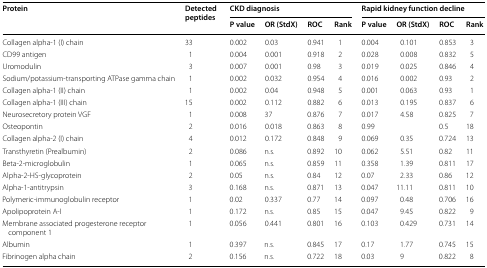
<table><thead><tr><td rowspan="2"><b>Protein</b></td><td rowspan="2"><b>Detected peptides</b></td><td colspan="4"><b>CKD diagnosis</b></td><td colspan="4"><b>Rapid kidney function decline</b></td></tr><tr><td><b>P value</b></td><td><b>OR (StdX)</b></td><td><b>ROC</b></td><td><b>Rank</b></td><td><b>P value</b></td><td><b>OR (StdX)</b></td><td><b>ROC</b></td><td><b>Rank</b></td></tr></thead><tbody><tr><td>Collagen alpha-1 (I) chain</td><td>33</td><td>0.002</td><td>0.03</td><td>0.941</td><td>1</td><td>0.004</td><td>0.101</td><td>0.853</td><td>3</td></tr><tr><td>CD99 antigen</td><td>1</td><td>0.004</td><td>0.001</td><td>0.918</td><td>2</td><td>0.028</td><td>0.008</td><td>0.832</td><td>5</td></tr><tr><td>Uromodulin</td><td>3</td><td>0.007</td><td>0.001</td><td>0.98</td><td>3</td><td>0.019</td><td>0.025</td><td>0.846</td><td>4</td></tr><tr><td>Sodium/potassium-transporting ATPase gamma chain</td><td>1</td><td>0.002</td><td>0.032</td><td>0.954</td><td>4</td><td>0.016</td><td>0.002</td><td>0.93</td><td>2</td></tr><tr><td>Collagen alpha-1 (II) chain</td><td>1</td><td>0.002</td><td>0.04</td><td>0.948</td><td>5</td><td>0.001</td><td>0.063</td><td>0.93</td><td>1</td></tr><tr><td>Collagen alpha-1 (III) chain</td><td>15</td><td>0.002</td><td>0.112</td><td>0.882</td><td>6</td><td>0.013</td><td>0.195</td><td>0.837</td><td>6</td></tr><tr><td>Neurosecretory protein VGF</td><td>1</td><td>0.008</td><td>37</td><td>0.876</td><td>7</td><td>0.017</td><td>4.58</td><td>0.825</td><td>7</td></tr><tr><td>Osteopontin</td><td>2</td><td>0.016</td><td>0.018</td><td>0.863</td><td>8</td><td>0.99</td><td></td><td>0.5</td><td>18</td></tr><tr><td>Collagen alpha-2 (I) chain</td><td>4</td><td>0.012</td><td>0.172</td><td>0.848</td><td>9</td><td>0.069</td><td>0.35</td><td>0.724</td><td>13</td></tr><tr><td>Transthyretin (Prealbumin)</td><td>2</td><td>0.086</td><td>n.s.</td><td>0.892</td><td>10</td><td>0.062</td><td>5.51</td><td>0.82</td><td>11</td></tr><tr><td>Beta-2-microglobulin</td><td>1</td><td>0.065</td><td>n.s.</td><td>0.859</td><td>11</td><td>0.358</td><td>1.39</td><td>0.811</td><td>17</td></tr><tr><td>Alpha-2-HS-glycoprotein</td><td>2</td><td>0.05</td><td>n.s.</td><td>0.84</td><td>12</td><td>0.07</td><td>2.33</td><td>0.86</td><td>12</td></tr><tr><td>Alpha-1-antitrypsin</td><td>3</td><td>0.168</td><td>n.s.</td><td>0.871</td><td>13</td><td>0.047</td><td>11.11</td><td>0.811</td><td>10</td></tr><tr><td>Polymeric-immunoglobulin receptor</td><td>1</td><td>0.02</td><td>0.337</td><td>0.77</td><td>14</td><td>0.097</td><td>0.48</td><td>0.706</td><td>16</td></tr><tr><td>Apolipoprotein A-I</td><td>1</td><td>0.172</td><td>n.s.</td><td>0.85</td><td>15</td><td>0.047</td><td>9.45</td><td>0.822</td><td>9</td></tr><tr><td>Membrane associated progesterone receptor component 1</td><td>1</td><td>0.056</td><td>0.441</td><td>0.801</td><td>16</td><td>0.103</td><td>0.429</td><td>0.731</td><td>14</td></tr><tr><td>Albumin</td><td>1</td><td>0.397</td><td>n.s.</td><td>0.845</td><td>17</td><td>0.17</td><td>1.77</td><td>0.745</td><td>15</td></tr><tr><td>Fibrinogen alpha chain</td><td>2</td><td>0.156</td><td>n.s.</td><td>0.722</td><td>18</td><td>0.03</td><td>9</td><td>0.822</td><td>8</td></tr></tbody></table>